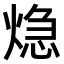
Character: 𤌀